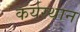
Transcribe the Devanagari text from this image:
कर्यस्थान